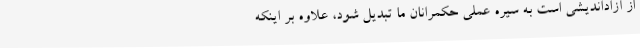
از آزاداندیشی است به سیره عملی حکمرانان ما تبدیل شود، علاوه بر اینکه